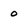
Character: o